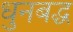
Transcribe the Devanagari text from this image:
धुनबद्ध